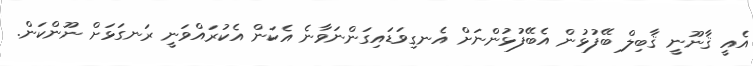
އެއީ ޤާނޫނީ ޤާބިލް ބޭފުޅުން އެބޭފުޅުންނަށް އެނގިވަޑައިގަންނަވާނެ އެކަން އެކުރައްވަނީ ރަނގަޅަށް ނޫންކަން.